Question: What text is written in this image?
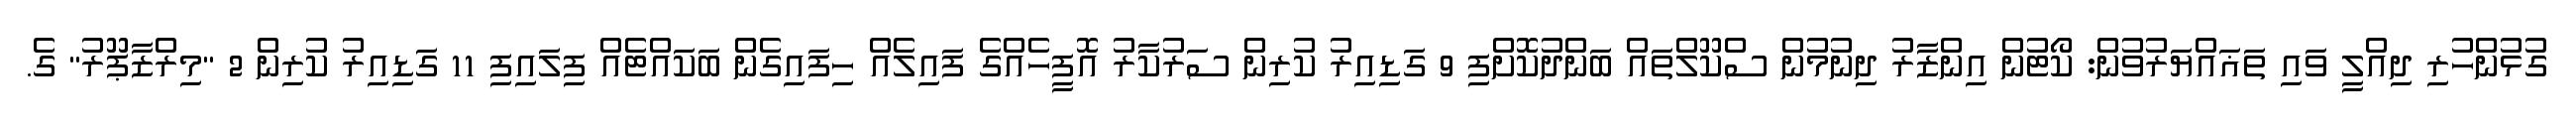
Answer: ގުޅުންހުރި ދިއްލީ ވައި ތަޣައްޔަރުވުން: ކޯޓުން އިންޒާރު ދިނުމުން ސްކޫލްތައް ބަންދުކޮށްފި 9 ގަޑިއިރު ކުރިން ސަރުކާރު އޮފީހެއްގެ ފައިލެއް ހިފައިގެން ބަކައްޓެއް ފިލައިފި 11 ގަޑިއިރު ކުރިން 2 "މިރްޒާޕޫރު" ގެ.